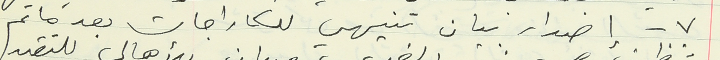
٧ – إصدار بيان تنيهي للكاراجات بعد ما تم